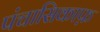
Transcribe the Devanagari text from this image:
पंचासिकाफ़